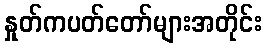
နှုတ်ကပတ်တော်များအတိုင်း